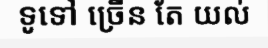
ទូទៅ ច្រើន តែ យល់